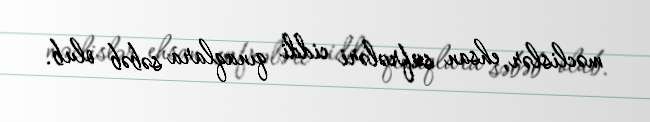
məclislər, ehsan süfrələri ciddi qınaqlara səbəb olub.